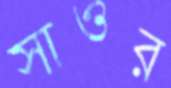
সাওর